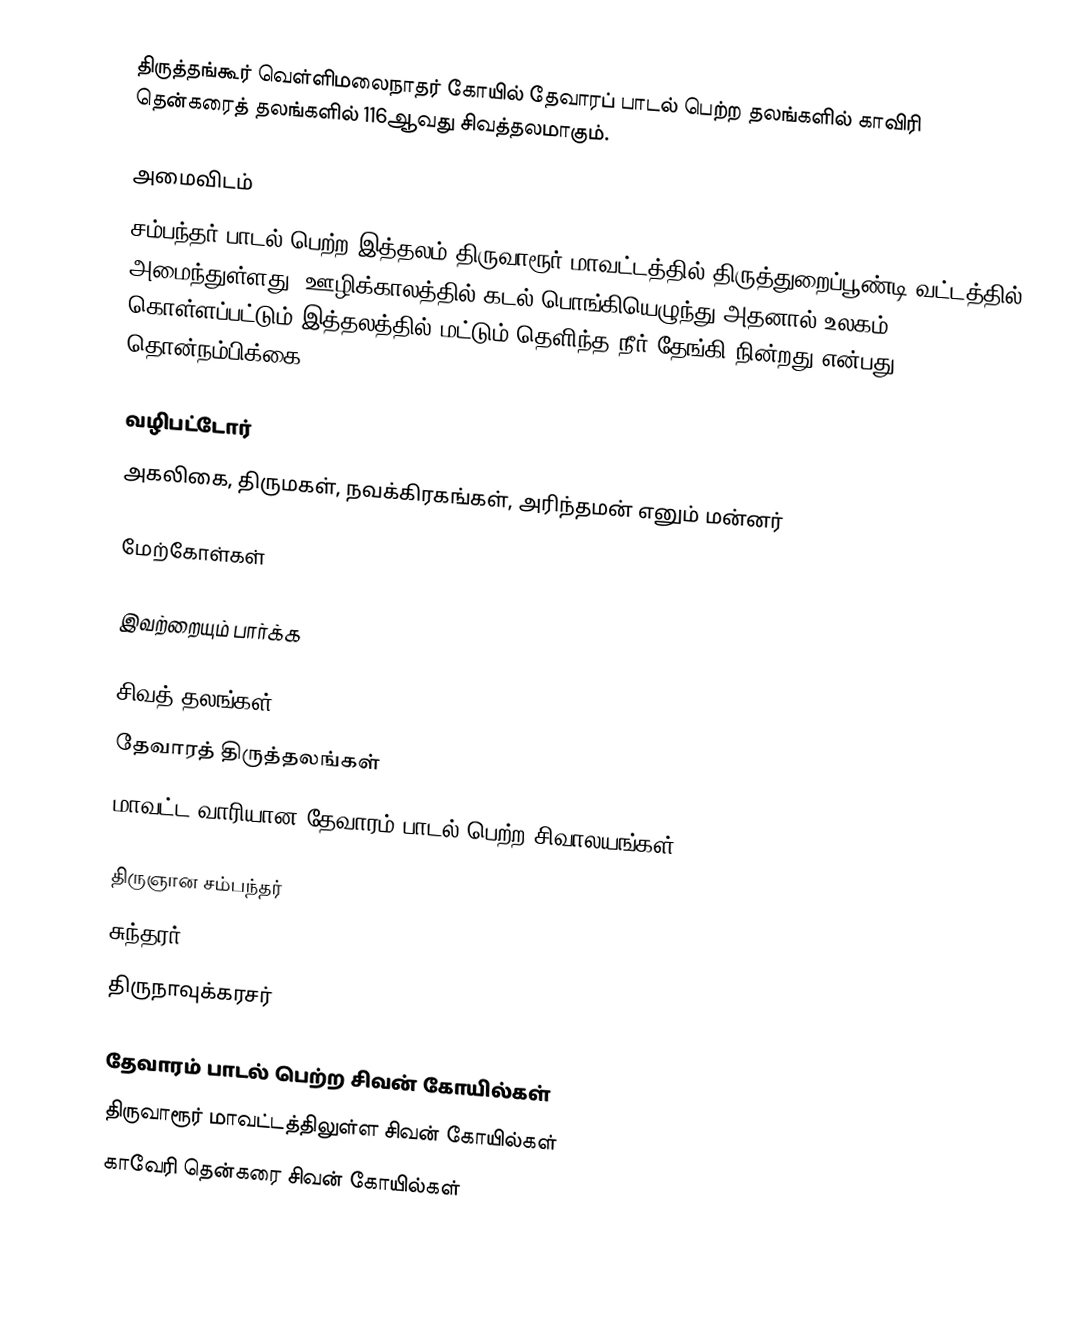
திருத்தங்கூர் வெள்ளிமலைநாதர் கோயில் தேவாரப் பாடல் பெற்ற தலங்களில் காவிரி தென்கரைத் தலங்களில்  116ஆவது சிவத்தலமாகும்.

அமைவிடம்
சம்பந்தர் பாடல் பெற்ற இத்தலம் திருவாரூர் மாவட்டத்தில்  திருத்துறைப்பூண்டி வட்டத்தில்  அமைந்துள்ளது. ஊழிக்காலத்தில் கடல் பொங்கியெழுந்து அதனால் உலகம் கொள்ளப்பட்டும் இத்தலத்தில் மட்டும் தெளிந்த நீர் தேங்கி நின்றது என்பது தொன்நம்பிக்கை.

வழிபட்டோர்
அகலிகை, திருமகள், நவக்கிரகங்கள், அரிந்தமன் எனும் மன்னர்

மேற்கோள்கள்

இவற்றையும் பார்க்க

 சிவத் தலங்கள்
 தேவாரத் திருத்தலங்கள்
 மாவட்ட வாரியான தேவாரம் பாடல் பெற்ற சிவாலயங்கள்

 திருஞான சம்பந்தர்
 சுந்தரர்
 திருநாவுக்கரசர்

தேவாரம் பாடல் பெற்ற சிவன் கோயில்கள்
திருவாரூர் மாவட்டத்திலுள்ள சிவன் கோயில்கள்
காவேரி தென்கரை சிவன் கோயில்கள்